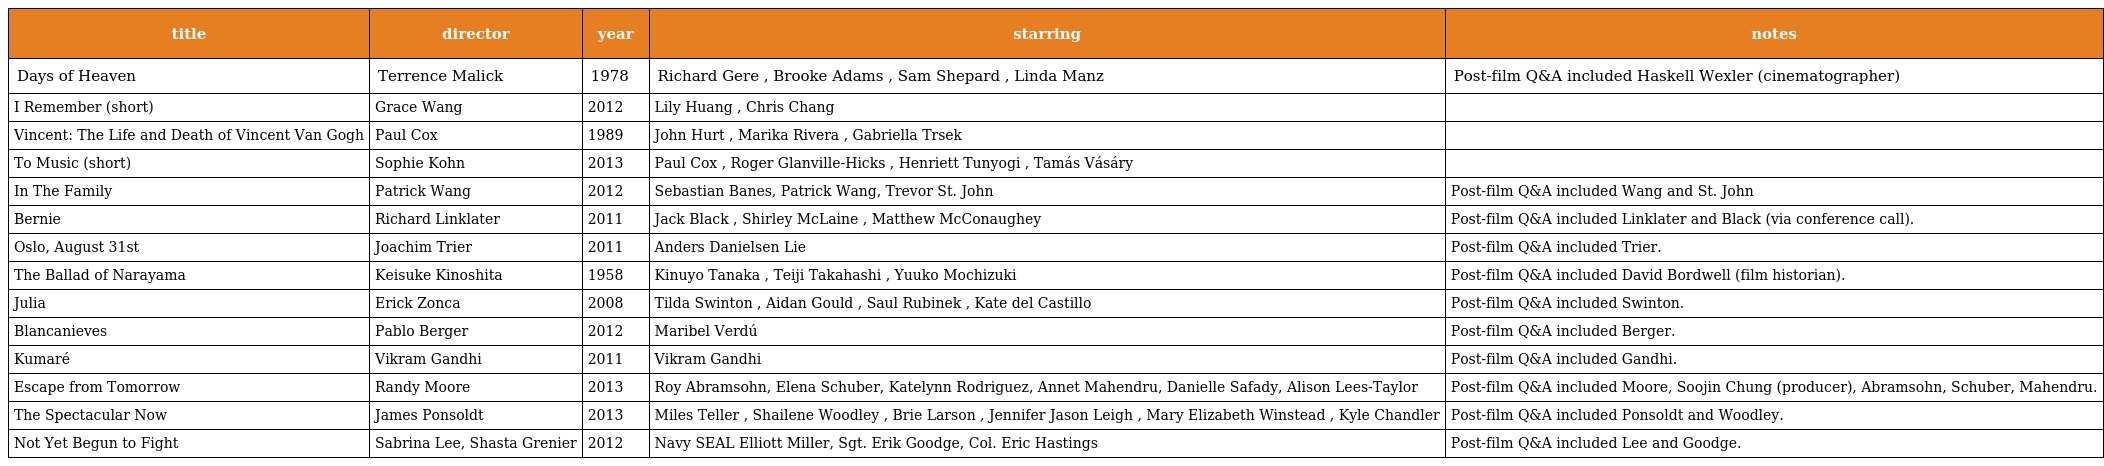
| title | director | year | starring | notes |
 | --- | --- | --- | --- | --- |
 | Days of Heaven | Terrence Malick | 1978 | Richard Gere , Brooke Adams , Sam Shepard , Linda Manz | Post-film Q&A included Haskell Wexler (cinematographer) |
 | I Remember (short) | Grace Wang | 2012 | Lily Huang , Chris Chang |  |
 | Vincent: The Life and Death of Vincent Van Gogh | Paul Cox | 1989 | John Hurt , Marika Rivera , Gabriella Trsek |  |
 | To Music (short) | Sophie Kohn | 2013 | Paul Cox , Roger Glanville-Hicks , Henriett Tunyogi , Tamás Vásáry |  |
 | In The Family | Patrick Wang | 2012 | Sebastian Banes, Patrick Wang, Trevor St. John | Post-film Q&A included Wang and St. John |
 | Bernie | Richard Linklater | 2011 | Jack Black , Shirley McLaine , Matthew McConaughey | Post-film Q&A included Linklater and Black (via conference call). |
 | Oslo, August 31st | Joachim Trier | 2011 | Anders Danielsen Lie | Post-film Q&A included Trier. |
 | The Ballad of Narayama | Keisuke Kinoshita | 1958 | Kinuyo Tanaka , Teiji Takahashi , Yuuko Mochizuki | Post-film Q&A included David Bordwell (film historian). |
 | Julia | Erick Zonca | 2008 | Tilda Swinton , Aidan Gould , Saul Rubinek , Kate del Castillo | Post-film Q&A included Swinton. |
 | Blancanieves | Pablo Berger | 2012 | Maribel Verdú | Post-film Q&A included Berger. |
 | Kumaré | Vikram Gandhi | 2011 | Vikram Gandhi | Post-film Q&A included Gandhi. |
 | Escape from Tomorrow | Randy Moore | 2013 | Roy Abramsohn, Elena Schuber, Katelynn Rodriguez, Annet Mahendru, Danielle Safady, Alison Lees-Taylor | Post-film Q&A included Moore, Soojin Chung (producer), Abramsohn, Schuber, Mahendru. |
 | The Spectacular Now | James Ponsoldt | 2013 | Miles Teller , Shailene Woodley , Brie Larson , Jennifer Jason Leigh , Mary Elizabeth Winstead , Kyle Chandler | Post-film Q&A included Ponsoldt and Woodley. |
 | Not Yet Begun to Fight | Sabrina Lee, Shasta Grenier | 2012 | Navy SEAL Elliott Miller, Sgt. Erik Goodge, Col. Eric Hastings | Post-film Q&A included Lee and Goodge. |